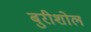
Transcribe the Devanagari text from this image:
बुरीशोल